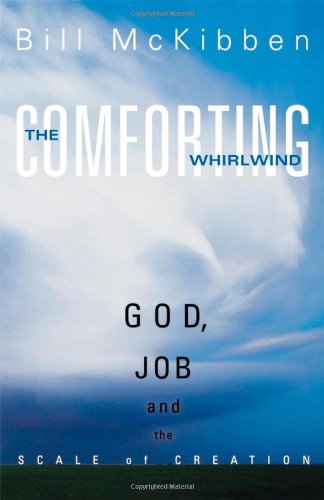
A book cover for The Comforting Whirlwind: God, Job, and the Scale of Creation; Bill McKibben; Christian Books & Bibles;